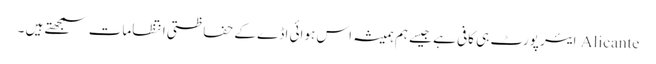
Alicante ایئر پورٹ ہی کافی ہے جیسے ہم ہمیشہ اس ہوائی اڈے کے حفاظتی انتظامات سمجھتے ہیں ۔